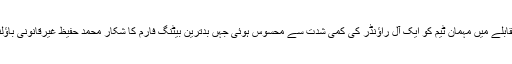
انگلینڈ کے ابھرتے ہوئے اسٹار کرس ووکس کے مقابلے میں مہمان ٹیم کو ایک آل راؤنڈر کی کمی شدت سے محسوس ہوئی جہں بدترین بیٹنگ فارم کا شکار محمد حفیظ غیرقانونی باؤلنگ ایکشن کے سبب باؤؒنگ کرنے سے محروم ہیں۔